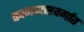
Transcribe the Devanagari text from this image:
कामगारवर्गात